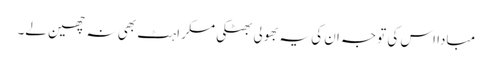
مبادا اس کی توجہ ان کی یہ بھولی بھٹکی مسکراہٹ بھی نہ چھین لے۔